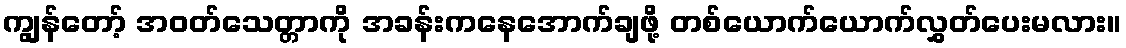
ကျွန်တော့် အဝတ်သေတ္တာကို အခန်းကနေအောက်ချဖို့ တစ်ယောက်ယောက်လွှတ်ပေးမလား။